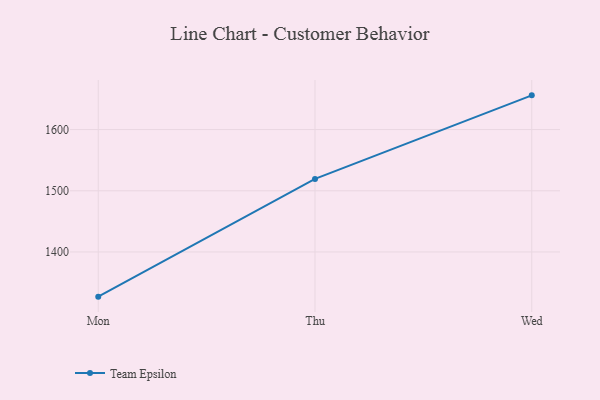
{"axis": {"x": "Day", "y": "Temperature (°C)"}, "legend": ["Team Epsilon"], "data": [{"x": "Mon", "y": 1327.0, "type": "Team Epsilon"}, {"x": "Thu", "y": 1519.4, "type": "Team Epsilon"}, {"x": "Wed", "y": 1655.9, "type": "Team Epsilon"}]}